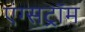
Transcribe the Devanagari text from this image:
एंग्सट्रॉम